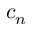
c _ { n }